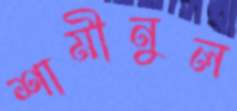
শামীনুল